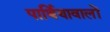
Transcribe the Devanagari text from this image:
पार्थियावालों